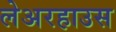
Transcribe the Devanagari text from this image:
लेअरहाउस